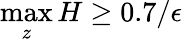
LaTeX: \operatorname*{max}_{z}H\geq 0.7/\epsilon